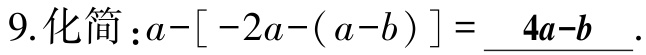
9.化简：\(a-[-2a-(a - b)] = \underline{4a - b}\).